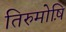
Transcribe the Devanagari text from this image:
तिरुमोष़ि